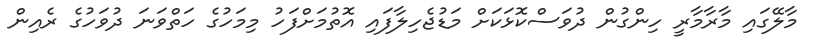
މާލޭގައި މާރާމާރީ ހިންގުން ދުވަސްކޮޅަކަށް މަޑުޖެހިލާފައި އޮތުމަށްފަހު މިމަހުގެ ހަތްވަނަ ދުވަހުގެ ރެއިން